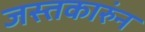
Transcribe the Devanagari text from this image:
जस्तकारुंन